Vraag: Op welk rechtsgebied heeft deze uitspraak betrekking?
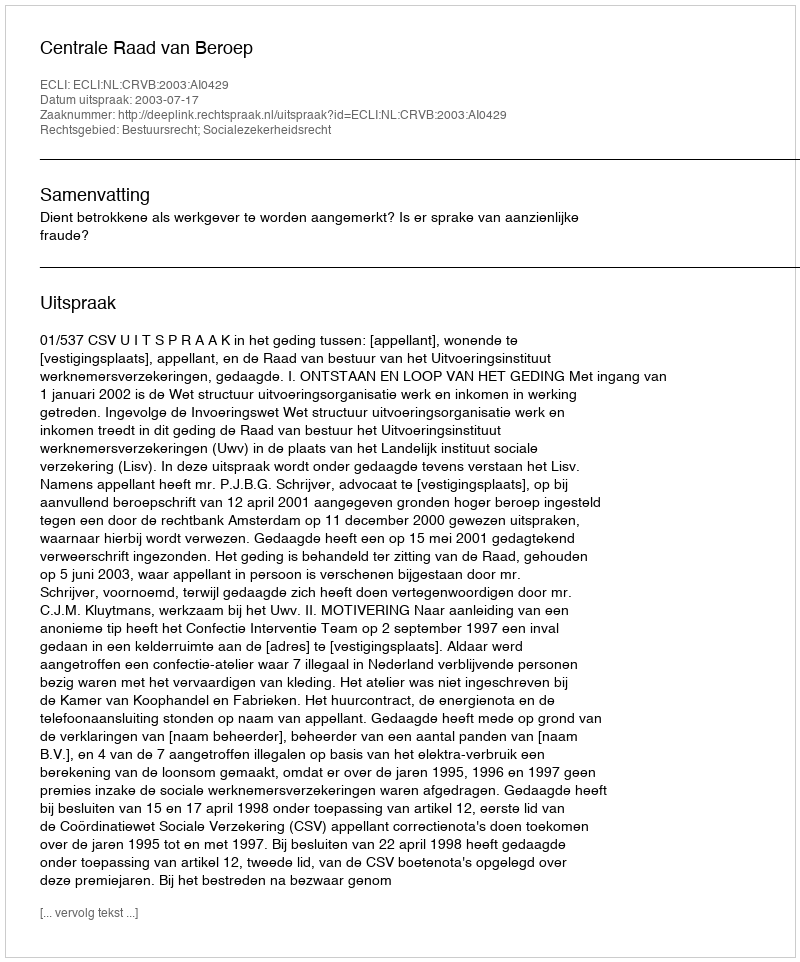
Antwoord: Bestuursrecht; Socialezekerheidsrecht